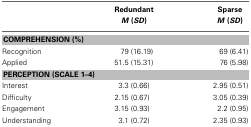
<table><thead><tr><td></td><td><b>Redundant <i>M</i> (<i>SD</i>)</b></td><td><b>Sparse <i>M</i> (<i>SD</i>)</b></td></tr></thead><tbody><tr><td colspan="3"><b>COMPREHENSION (%)</b></td></tr><tr><td>Recognition</td><td>79 (16.19)</td><td>69 (6.41)</td></tr><tr><td>Applied</td><td>51.5 (15.31)</td><td>76 (5.98)</td></tr><tr><td colspan="3"><b>PERCEPTION (SCALE 1–4)</b></td></tr><tr><td>Interest</td><td>3.3 (0.66)</td><td>2.95 (0.51)</td></tr><tr><td>Difficulty</td><td>2.15 (0.67)</td><td>3.05 (0.39)</td></tr><tr><td>Engagement</td><td>3.15 (0.93)</td><td>2.2 (0.95)</td></tr><tr><td>Understanding</td><td>3.1 (0.72)</td><td>2.35 (0.93)</td></tr></tbody></table>